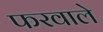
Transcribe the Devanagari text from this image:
फरवाले